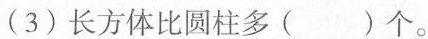
(3)长方体比圆柱多()个。